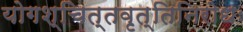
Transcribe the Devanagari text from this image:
योगश्चित्तवृत्तिनिरोधः